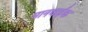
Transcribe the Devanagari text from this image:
मानवाईक